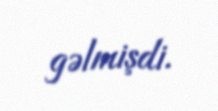
gəlmişdi.